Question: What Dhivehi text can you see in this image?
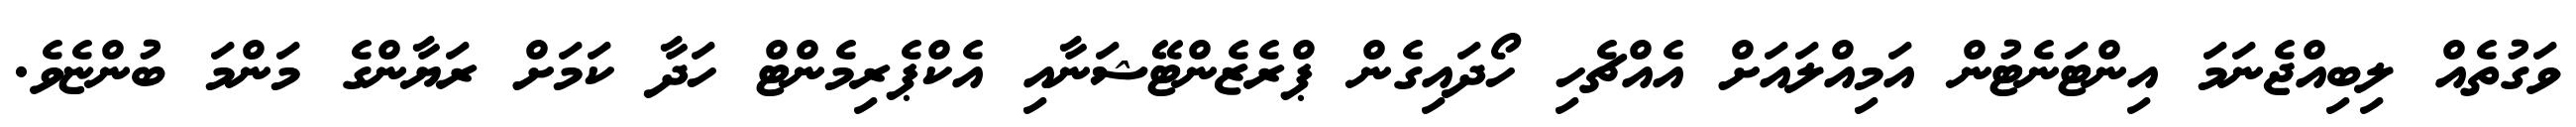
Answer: ވަގުތެއް ލިބިއްޖެނަމަ އިންޓަނެޓުން އަމިއްލައަށް އެއްޗެހި ހޯދައިގެން ޕްރެޒެންޓޭޝަނާއި އެކްޕެރިމެންޓް ހަދާ ކަމަށް ރަޔާންގެ މަންމަ ބުންޏެވެ.